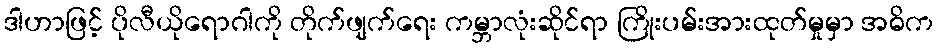
ဒါဟာဖြင့် ပိုလီယိုရောဂါကို တိုက်ဖျက်ရေး ကမ္ဘာလုံးဆိုင်ရာ ကြိုးပမ်းအားထုတ်မှုမှာ အဓိက